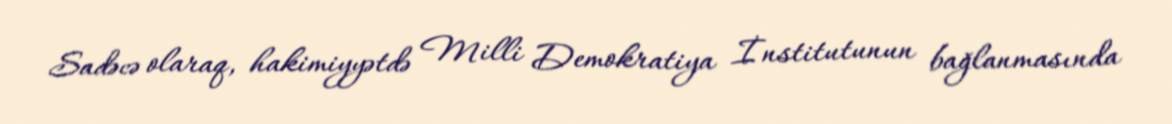
Sadəcə olaraq, hakimiyyətdə Milli Demokratiya İnstitutunun bağlanmasında